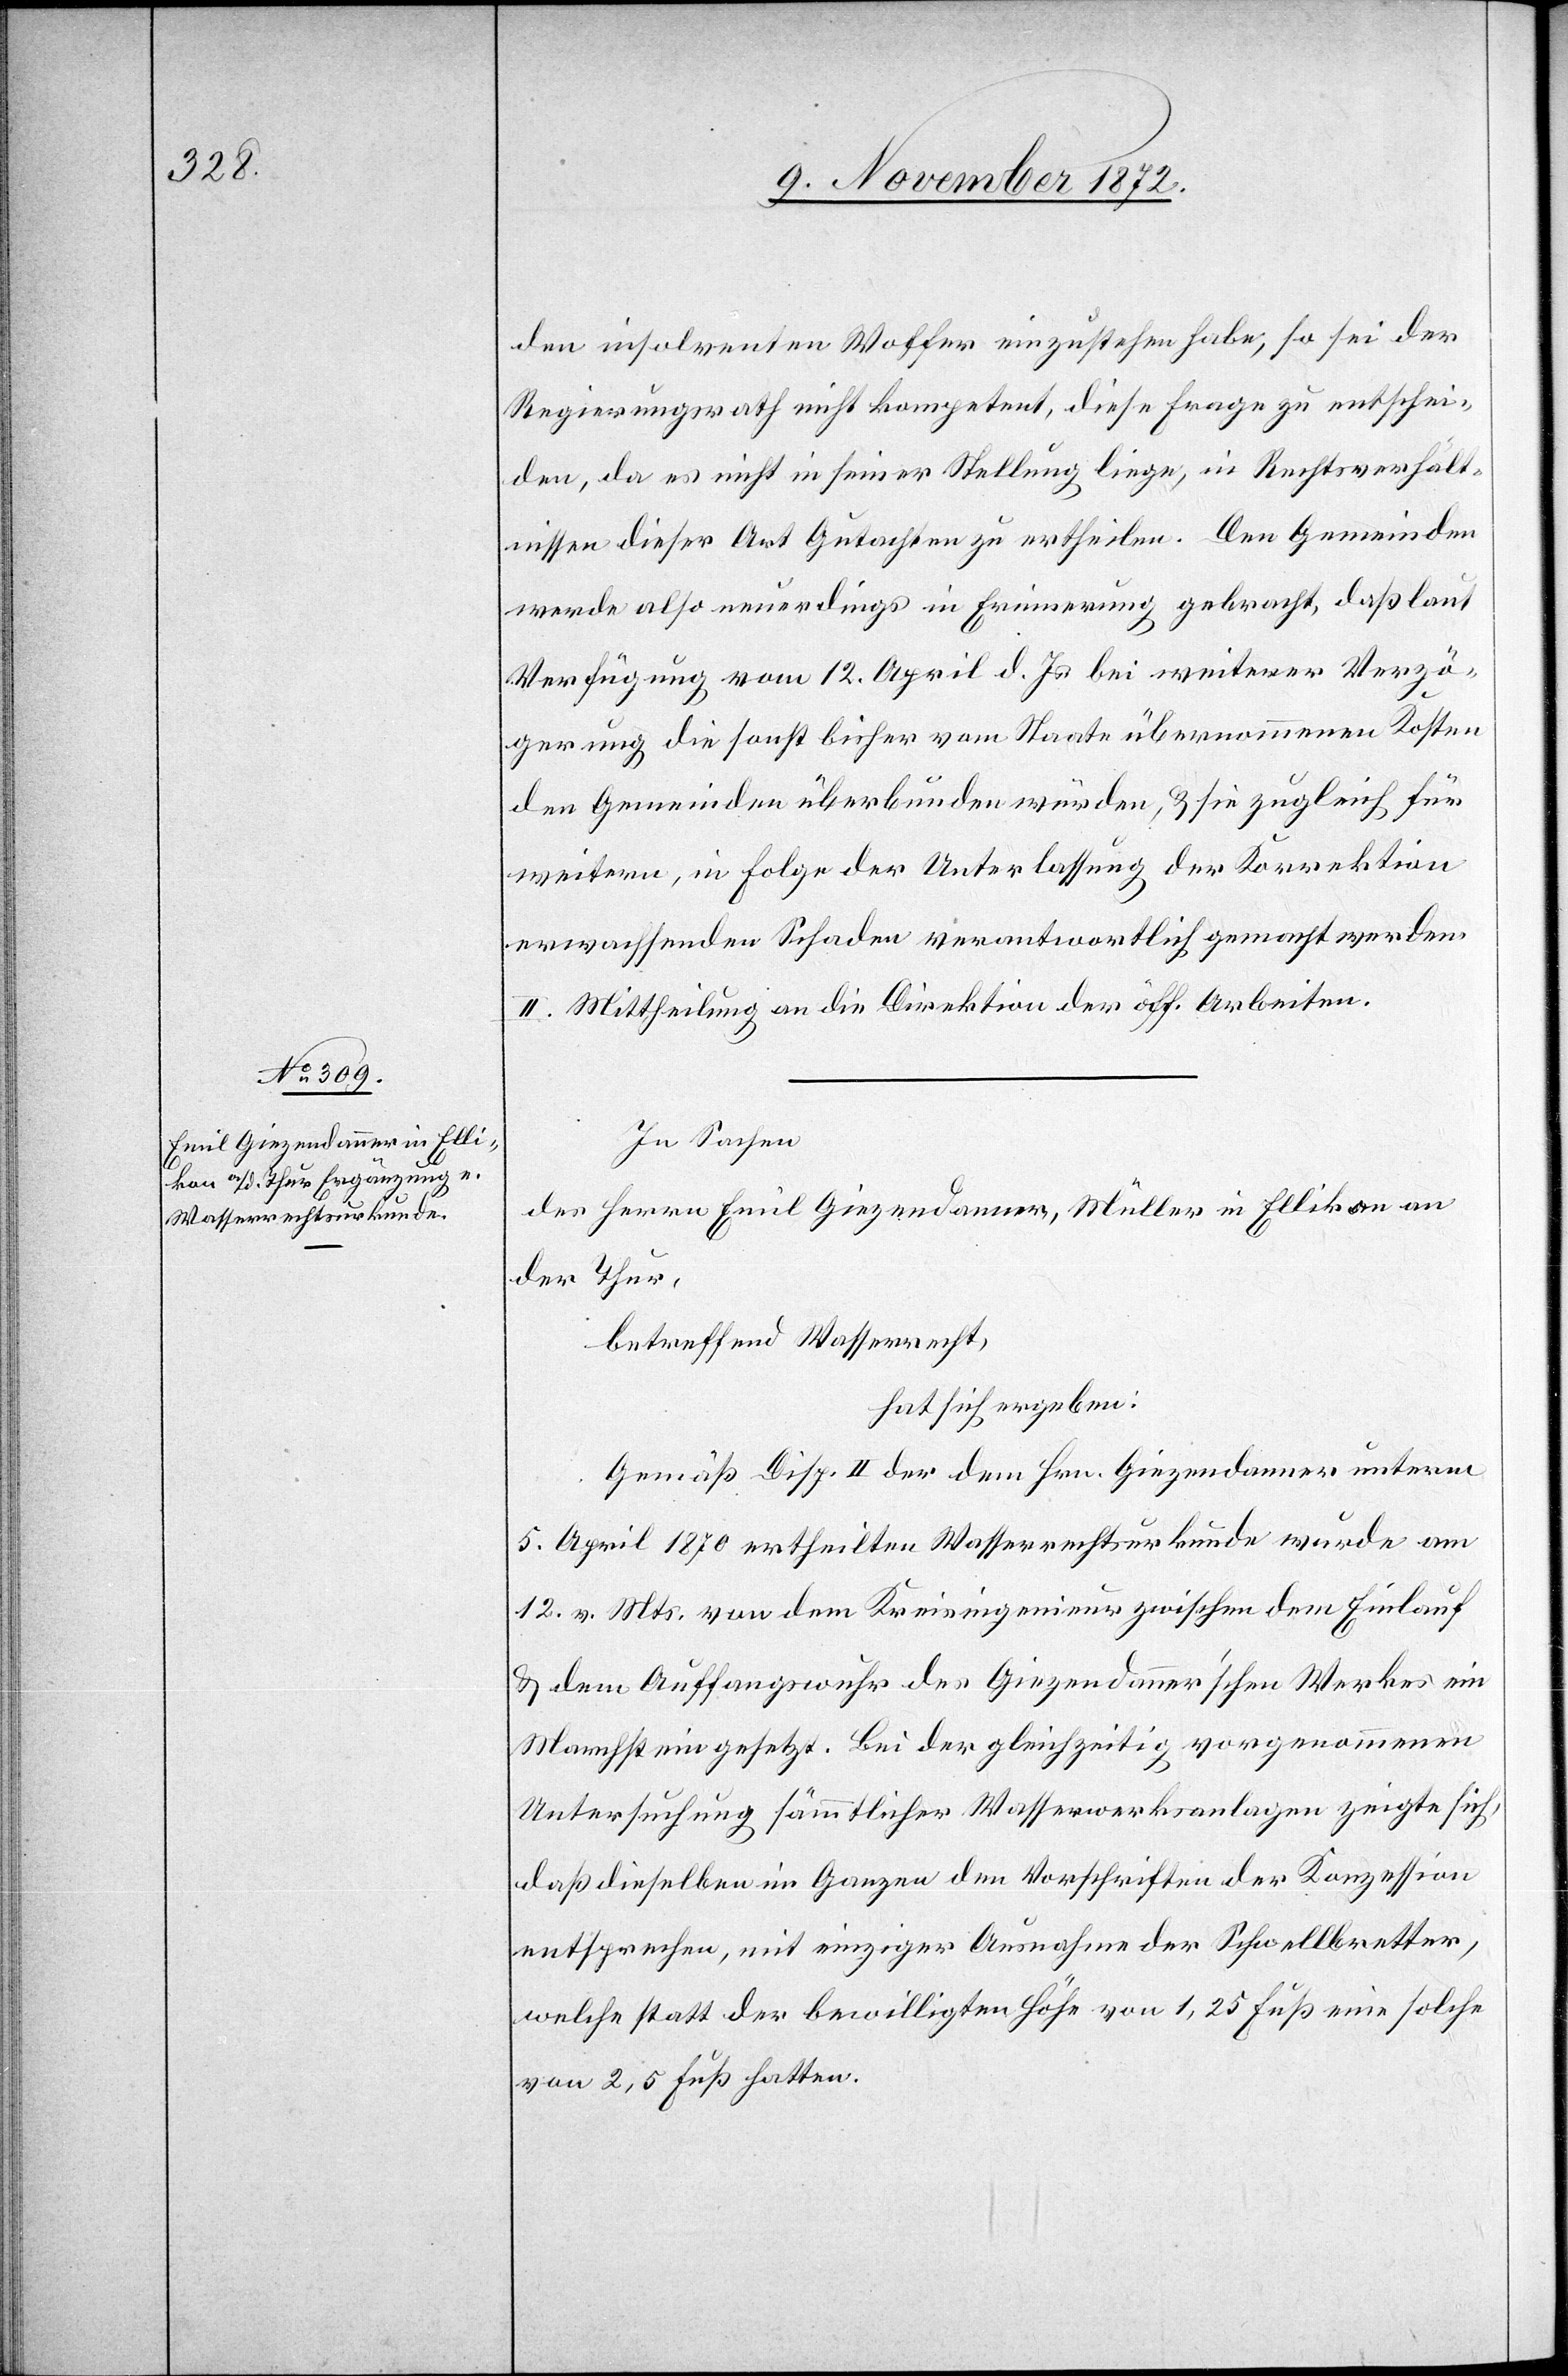
den insolventen Wolfer einzustehen habe, so sei der
Regierungsrath nicht kompetent, diese Frage zu entschei¬
den, da es nicht in seiner Stellung liege, in Rechtsverhält¬
nissen dieser Art Gutachten zu ertheilen. Den Gemeinden
werde also neuerdings in Erinnerung gebracht, daß laut
Verfügung vom 12. April d. Js. bei weiterer Verzö¬
gerung die sonst bisher vom Staate übernommenen Kosten
den Gemeinden überbunden würden, u. sie zugleich für
weitern, in Folge der Unterlassung der Korrektion
erwachsenden Schaden verantwortlich gemacht werden.
II. Mittheilung an die Direktion der öff. Arbeiten.
In Sachen
des Herrn Emil Giezendanner, Müller in Ellikon an
der Thur,
betreffend Wasserrecht,
hat sich ergeben:
Gemäß Disp. II der dem Hrn. Giezendanner unterm
5. April 1870 ertheilten Wasserrechtsurkunde wurde am
12. v. Mts. von dem Kreisingenieur zwischen dem Einlauf
u. dem Auffangswuhr des Giezendanner’schen Werkes ein
Marchstein gesetzt. Bei der gleichzeitig vorgenommenen
Untersuchung sämmtlicher Wasserwerksanlagen zeigte sich,
daß dieselben im Ganzen den Vorschriften der Konzession
entsprechen, mit einziger Ausnahme der Schwellbretter,
welche statt der bewilligten Höhe von 1,25 Fuß eine solche
von 2,5 Fuß hatten.